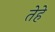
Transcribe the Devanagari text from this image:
तेहे